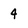
Character: 4